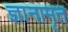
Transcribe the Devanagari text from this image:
ज्ञानामृत